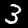
Digit: 3